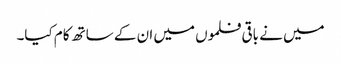
میں نے باقی فلموں میں ان کے ساتھ کام کیا۔